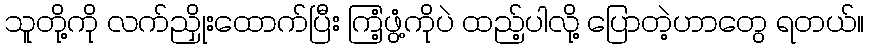
သူတို့ကို လက်ညှိုးထောက်ပြီး ကြံ့ဖွံ့ကိုပဲ ထည့်ပါလို့ ပြောတဲ့ဟာတွေ ရတယ်။